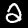
Digit: 2